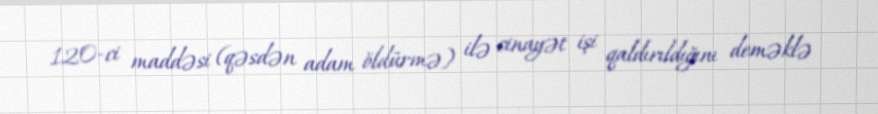
120-ci maddəsi (qəsdən adam öldürmə) ilə cinayət işi qaldırıldığını deməklə